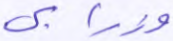
وزرابي